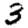
Digit: 3